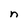
Character: n